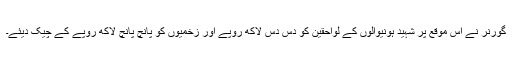
گورنر نے اس موقع پر شہید ہونیوالوں کے لواحقین کو دس دس لاکھ روپے اور زخمیوں کو پانچ پانچ لاکھ روپے کے چیک دیئے۔